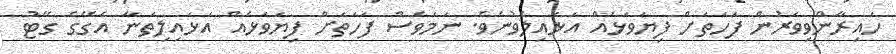
ހައިރާންވިވަރުން ފަހަތަށް ފިޔަވަޅެއް އަޅައިލެވުނެވެ. ނަމަވެސް ފަހަތަށް ފިޔަވަޅެއް އަޅައިލިތަނާ އެގޭގެ ގޭޓު